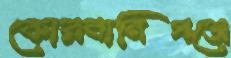
কোরবানিগঞ্জে